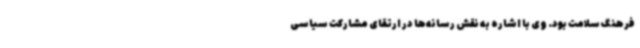
فرهنگ سلامت بود. وی با اشاره به نقش رسانه‌ها در ارتقای مشارکت سیاسی